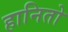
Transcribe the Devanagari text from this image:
हानितो